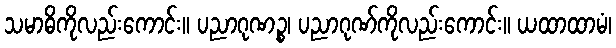
သမာဓိကိုလည်းကောင်း။ ပညာဂုဏဉ္စ၊ ပညာဂုဏ်ကိုလည်းကောင်း။ ယထာထာမံ၊